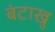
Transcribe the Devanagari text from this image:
बंटाखु